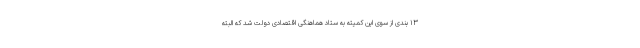
۱۳ بندی از سوی این کمیته به ستاد هماهنگی اقتصادی دولت شد که البته